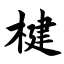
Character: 楗